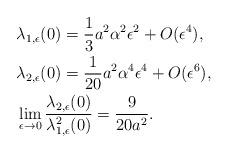
LaTeX: \begin{align*}&\lambda_{1,\epsilon}(0) =\frac{1}{3} a^2 \alpha^2 \epsilon^2+O(\epsilon^4),\\&\lambda_{2,\epsilon}(0) =\frac{1}{20}a^2 \alpha^4 \epsilon^4+O(\epsilon^6),\\&\lim_{\epsilon \rightarrow 0} \frac{\lambda_{2,\epsilon}(0)}{\lambda^2_{1,\epsilon}(0)} = {\frac{9}{20 a^2}}.\end{align*}